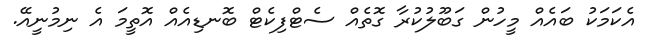
އެކަމަކު ބައެއް މީހުން ގަބޫލުކުރާ ގޮތެއް ސެޓްފިކެޓް ބޮނޑިއެއް އޮތީމަ އެ ނިމުނީއޭ.